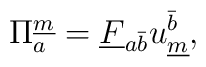
\Pi^{\underline{m}}_{a} = \underline{F}_{{a}{\bar{b}}}u^{\bar{b}}_{\underline{m}} ,